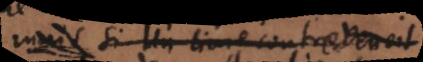
mais si un bien contrevenaoit